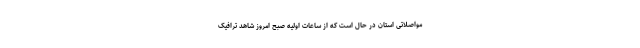
مواصلاتی استان در حال است که از ساعات اولیه صبح امروز شاهد ترافیک